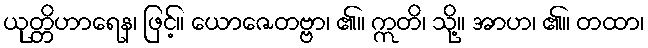
ယုတ္တိဟာရေန၊ ဖြင့်။ ယောဇေတဗ္ဗာ၊ ၏။ ဣတိ၊ သို့။ အာဟ၊ ၏။ တထာ၊